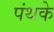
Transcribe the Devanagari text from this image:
पंथके